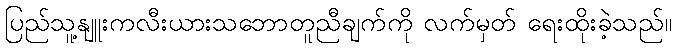
ပြည်သူ့နျူးကလီးယားသဘောတူညီချက်ကို လက်မှတ် ရေးထိုးခဲ့သည်။